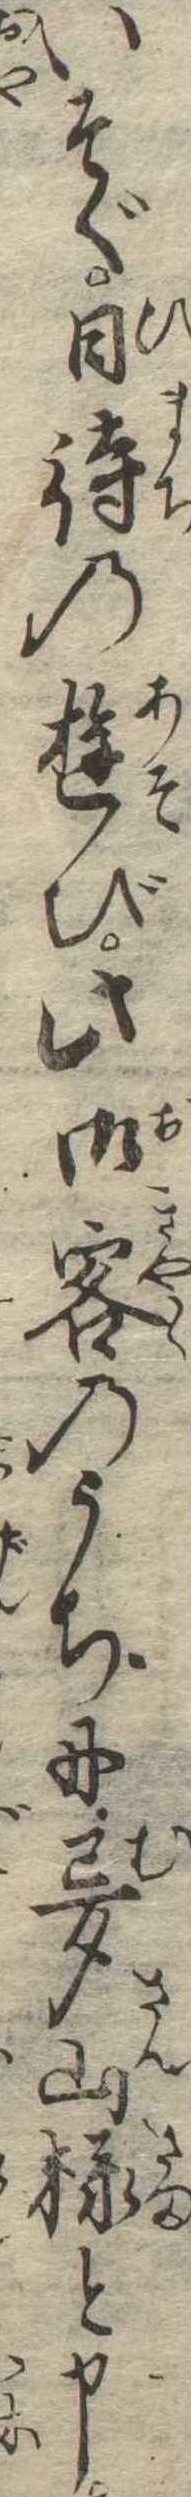
いそぐ日待の遊び此御客のうちに夢山様と申